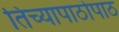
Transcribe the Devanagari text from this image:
तिच्यापाठोपाठ